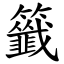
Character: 籤